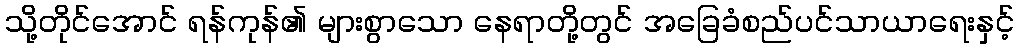
သို့တိုင်အောင် ရန်ကုန်၏ များစွာသော နေရာတို့တွင် အခြေခံစည်ပင်သာယာရေးနှင့်